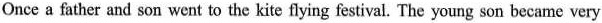
Once a father and son went to the kite flying festival. The young son became very